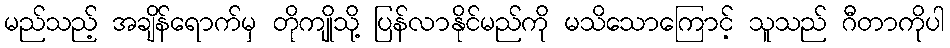
မည်သည့် အချိန်ရောက်မှ တိုကျိုသို့ ပြန်လာနိုင်မည်ကို မသိသောကြောင့် သူသည် ဂီတာကိုပါ